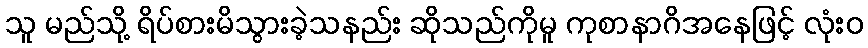
သူ မည်သို့ ရိပ်စားမိသွားခဲ့သနည်း ဆိုသည်ကိုမူ ကုစာနာဂိအနေဖြင့် လုံးဝ